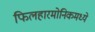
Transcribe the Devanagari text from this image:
फिलहारमोनिकमध्ये